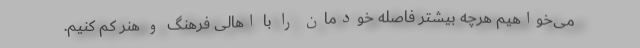
می‌خواهیم هرچه بیشتر فاصله‌ خودمان را با اهالی فرهنگ و هنر کم کنیم.